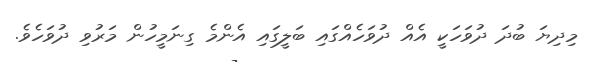
މިދިޔަ ބުދަ ދުވަހަކީ އެއް ދުވަހެއްގައި ބަލީގައި އެންމެ ގިނަމީހުން މަރުވި ދުވަހެވެ.